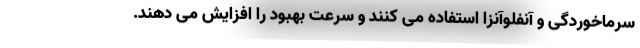
سرماخوردگی و آنفلوآنزا استفاده می کنند و سرعت بهبود را افزایش می دهند.